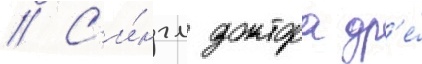
// С'и́нгл доктора др'е́